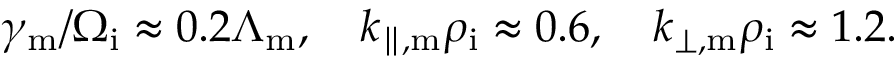
\gamma _ { \mathrm { m } } / \Omega _ { \mathrm { i } } \approx 0 . 2 \Lambda _ { \mathrm { m } } , \quad k _ { \parallel , \mathrm { m } } \rho _ { \mathrm { i } } \approx 0 . 6 , \quad k _ { \perp , \mathrm { m } } \rho _ { \mathrm { i } } \approx 1 . 2 .